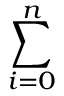
\sum _ { i = 0 } ^ { n }